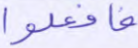
فافعلوا